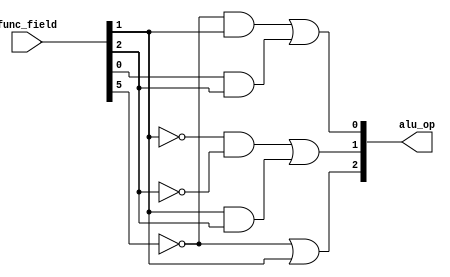
module alu_control(func_field, alu_op);

input [5:0] func_field;
output [2:0] alu_op;

wire w1,w2,w3,w4,w5,w6,w7;

not (w1,func_field[5]);
or (alu_op[2],w1,func_field[1]);

not(w2,func_field[1]);
not(w3,func_field[2]);
and(w4,w2,w3);
and (w5,func_field[1],func_field[2]);
or(alu_op[1],w4,w5);

and(w6,w1,func_field[1]);
and(w7,func_field[0],func_field[2]);
or(alu_op[0],w6,w7);

endmodule